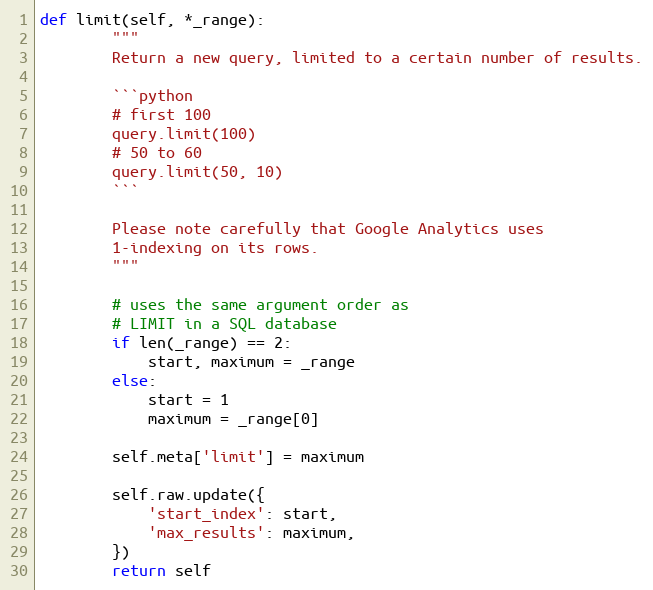
Language: Python
def limit(self, *_range):
        """
        Return a new query, limited to a certain number of results.

        ```python
        # first 100
        query.limit(100)
        # 50 to 60
        query.limit(50, 10)
        ```

        Please note carefully that Google Analytics uses
        1-indexing on its rows.
        """

        # uses the same argument order as
        # LIMIT in a SQL database
        if len(_range) == 2:
            start, maximum = _range
        else:
            start = 1
            maximum = _range[0]

        self.meta['limit'] = maximum

        self.raw.update({
            'start_index': start,
            'max_results': maximum,
        })
        return self